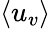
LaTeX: \left<u_{v}\right>